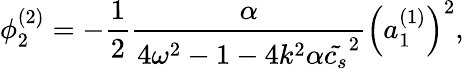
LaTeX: \phi_{2}^{(2)}=-\frac{1}{2}\frac{\alpha}{4\omega^{2}-1-4k^{2}\alpha\tilde{c_{s}}^{2}}\left(a_{1}^{(1)}\right)^{2},